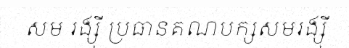
សម រង្ស៊ី ប្រធានគណបក្សសមរង្ស៊ី